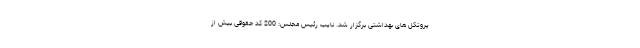
پروتکل های بهداشتی برگزار شد. نایب رئیس مجلس: 200 کد حقوقی بیش از